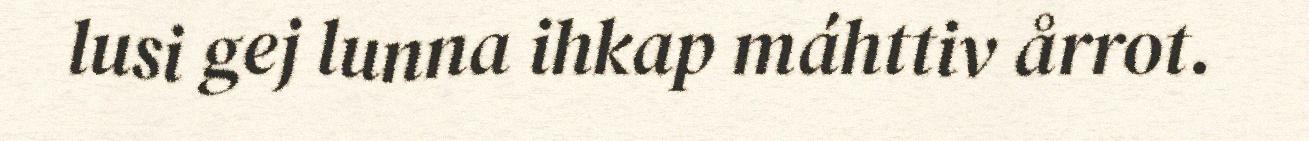
lusi gej lunna ihkap máhttiv årrot.